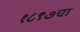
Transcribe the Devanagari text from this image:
१८९७चा